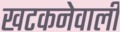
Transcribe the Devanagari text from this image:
खटकनेवाली